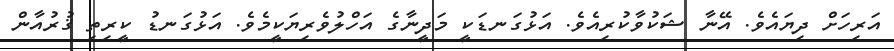
އަރިހަށް ދިޔައެވެ. އޭނާ ޝަކުވާކުރިއެވެ. އަޅުގަނޑަކީ މަދީނާގެ އަހްލުވެރިޔަކީމެވެ. އަޅުގަނޑު ކީރިތި ޤުރުއާން